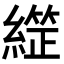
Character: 𦄙